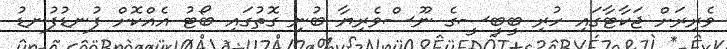
ވެރިރަށް ޖަކާޓާގައި ހުރި ބީބީސީގެ ނޫސްވެރިޔާ ބުނި ގޮތުގައި ބޯޓު އެއްކޮށް ފުނޑުފުނޑު